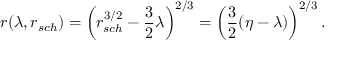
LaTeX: r ( \lambda , r _ { s c h } ) = \left( r _ { s c h } ^ { 3 / 2 } - { \frac { 3 } { 2 } } \lambda \right) ^ { 2 / 3 } = \left( { \frac { 3 } { 2 } } ( \eta - \lambda ) \right) ^ { 2 / 3 } .